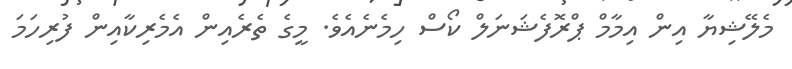
މެލޭޝިޔާ އިން އިމާމް ޕްރޮފެޝަނަލް ކޯސް ހިމެނެއެވެ. މީގެ ތެރެއިން އެމެރިކާއިން ފުރިހަމަ